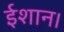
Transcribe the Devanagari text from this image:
ईशान।